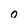
Character: 0